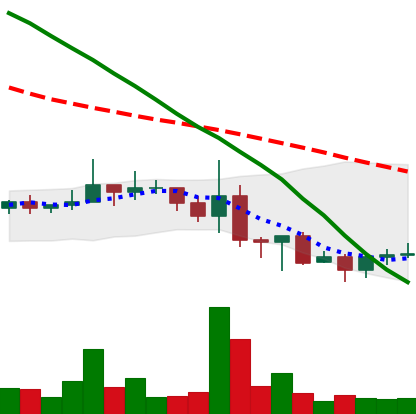
Ticker: NEO-USD
Chart end date: 2022-06-21
Forward return: 3.179%
Label: up_3_5